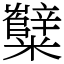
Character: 糱